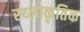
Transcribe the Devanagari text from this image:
स्थ्लाकृतिक